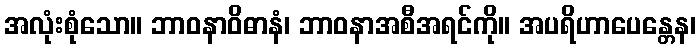
အလုံးစုံသော။ ဘာဝနာဝိဓာနံ၊ ဘာဝနာအစီအရင်ကို။ အပရိဟာပေန္တေန၊